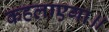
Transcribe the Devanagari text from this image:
कहलाएगा॥